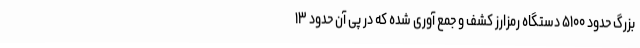
بزرگ حدود ۵۱۰۰ دستگاه رمزارز کشف و جمع آوری شده که در پی آن حدود ۱۳